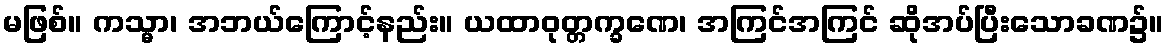
မဖြစ်။ ကသ္မာ၊ အဘယ်ကြောင့်နည်း။ ယထာဝုတ္တက္ခဏေ၊ အကြင်အကြင် ဆိုအပ်ပြီးသောခဏ၌။